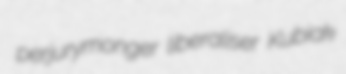
perjurymonger liberaliser Kubiak